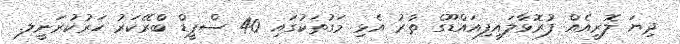
ދިޔަ ލޮރީއެއް ފުރޮޅާލައިފިއައްޑޫގެ ތާރު އެޅި މަގުތަކުގައި 40 ސްޕީޑް ބްރޭކަރު ހަރުކުރަނީލ.